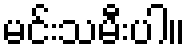
မင်းသမီးပါ။